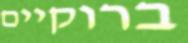
ברוקיים